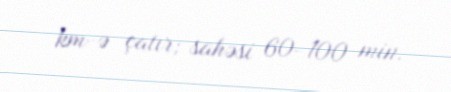
km-ə çatır; sahəsi 60-100 min.